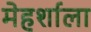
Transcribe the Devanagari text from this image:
मेहर्शाला